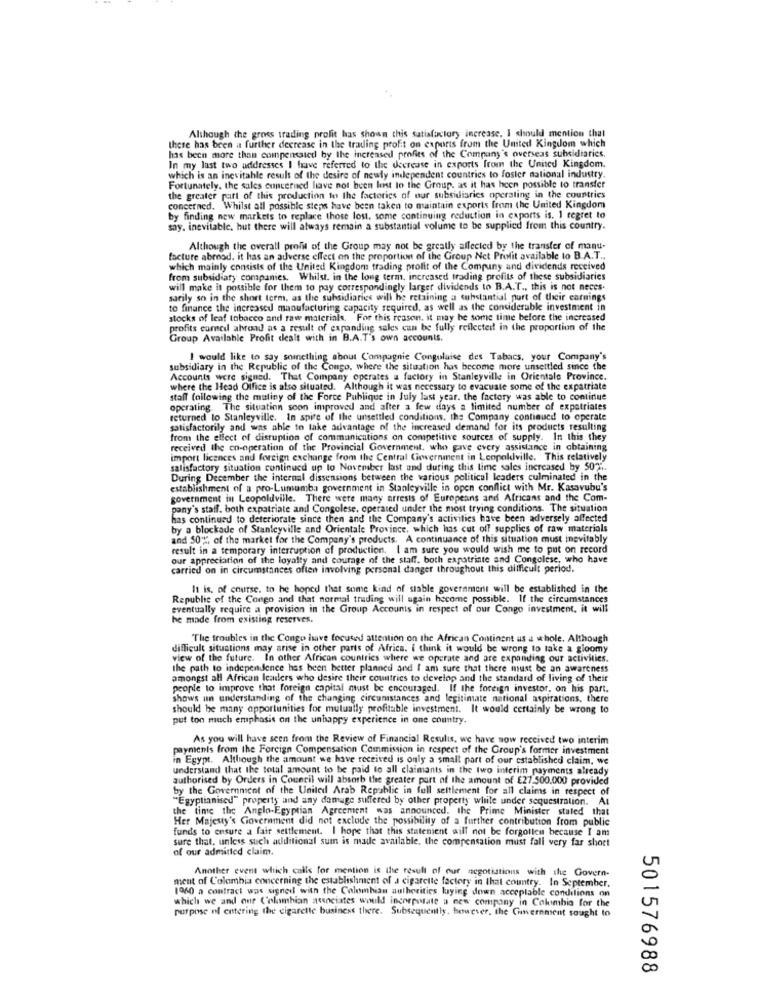
Although the gross trading prolit has shown this satisfactory increase. I should mention that
these has been a further decrease in the trading profit on exports from the United Kingdom which
has been more than compensated by the increased profits of the Company's overseas subsidiaries.
In my last two addresses I have referred to the decrease in exports from the United Kingdom.
which is an inevitable result of the desire of newly independent countries to foster national industry.
Fortunately. the sales concerned have not been lest to the Group, as it has been possible to transfer
the greater part of this production to the factories of our subsidiaries operating in the countries
concerned. Whilst all possible steps have been taken to maintain exports from the United Kingdom
by finding new markets to replace those lost, some continuing reduction in exports is. 1 regret to
say, inevitable, but there will always remain a substantial volume to be supplied from this country.
Although the overall profit of the Group may not be greatly affected by the transfer of manu-
facture abroad. it has an adverse effect on the proportion of the Group Net Profit available to B.A.T .,
which mainly consists of the United Kingdom trading profit of the Company and dividends received
from subsidiary companies. Whilst. in the long term, increased trading profits of these subsidiaries
will make it possible for them to pay correspondingly larger dividends to B.A.T ., this is not neces.
sarily so in the short term, as the subsidiaries will be retaining a substantial purt of their earnings
to finance the increased manufacturing capacity required, as well as the considerable investment in
stocks of leaf tobacco and raw materials. For this reason, it may be some time before the increased
profits comed ahrend as a result of expanding sales can be fully reflected in the proportion of the
Group Available Profit dealt with in B.A.T's own accounts.
I would like to say something about Compagnie Congolaise des Tabacs, your Company's
subsidiary in the Republic of the Congo, where the situation has become more unsettled since the
Accounts were signed. That Company operates a factory in Stanleyville in Orientale Province.
where the Head Office is also situated. Although it was necessary to evacuate some of the expatriate
staff following the mutiny of the Force Publique in July last year. the factory was able to continue
operating. The situation soon improved and after a few days a limited number of expatriates
returned to Stanleyville. In spite of the unsettled conditions, the Company continued to operate
satisfactorily and was able to take advantage of the increased demand for its products resulting
from the effect of disruption of communications on competitive sources of supply. In this they
received the co-operation of the Provincial Government, who gave every assistance in obtaining
import licences and foreign exchange from the Central Government in Leopoldville. This relatively
satisfactory situation continued up to November last and during this time sales increased by 5075.
During December the internal dissensions between the various political leaders culminated in the
establishment of a pro-Lumumba government in Stanleyville in open conflict with Mr. Kasavubu's
government in Leopoldville. There were many arrests of Europeans and Africans and the Com-
pany's staff. both expatriate and Congolese, operated under the most trying conditions. The situation
has continued to deteriorate since then and the Company's activities have been adversely affected
by a blockade of Stanleyville and Orientale Province, which has cut off supplies of raw materials
and 50%, of the market for the Company's products. A continuance of this situation must inevitably
result in a temporary interruption of production. I am sure you would wish me to put on record
our appreciation of the loyalty and courage of the staff. both expatriate and Congolese, who have
carried on in circumstances often involving personal danger throughout this difficult period.
It is, of course. to he hoped that some kind of stable government will be established in the
Republic of the Congo and that normal trading will again become possible. If the circumstances
eventually require a provision in the Group Accounts in respect of our Congo investment, it will
he made from existing reserves.
The troubles in the Congo have focused attention on the African Continent as a whole. Although
difficult situations may arise in other parts of Africa. i think it would be wrong to take a gloomy
view of the future. In other African countries where we operate and are expanding our activities.
the path to independence has been better planned and I am sure that there must be an awareness
amongst all African leaders who desire their countries to develop and the standard of living of their
people to improve that foreign capital must be encouraged. If the foreign investor, on his part.
shows un understanding of the changing circumstances and legitimate national aspirations, there
should he many opportunities for mutually profitable investment. It would certainly be wrong to
put ton much emphasis on the unhappy experience in one country.
As you will have seen from the Review of Financial Results, we have now received two interim
payments from the Foreign Compensation Commission in respect of the Group's former investment
in Egypt. Although the amount we have received is only a small part of our established claim, we
understand that the total amount to be paid to all claimants in the two interim payments already
authorised by Orders in Council will absorb the greater part of the amount of £27.500.000 provided
by the Government of the United Arab Republic in full settlement for all claims in respect of
"Egyptianised" property and any damage suffered by other property while under sequestration. At
the time the Anglo-Egyptian Agreement was announced. the Prime Minister stated that
Her Majesty's Government did not exclude the possibility of a further contribution from public
funds to ensure a fair settlement. I hope that this statement will not be forgotten because I am
sure that, unless such additional sum is made available, the compensation must fall very far short
of our admitted claim.
Another event which calls for mention is the result of our negotiations with the Govern-
ment of Colombia concerning the establishment of a cigarette factory in that country. In September.
1960 a contract was signed with the Colombian authorities laying down acceptable conditions on
which we and one Colombian associates would incorpostate a new company in Columbia for the
purpose of entering the cigarette business there. Subsequently, however, the Government sought to
501576988